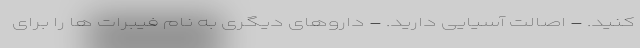
کنید. - اصالت آسیایی دارید. - داروهای دیگری به نام فیبرات ها را برای